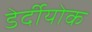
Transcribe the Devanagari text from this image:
डेर्दीयोक